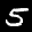
Label: 5